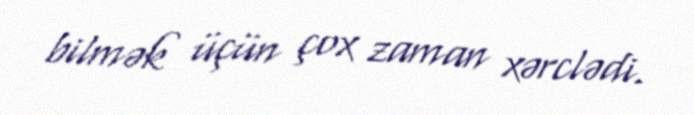
bilmək üçün çox zaman xərclədi.